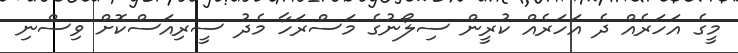
މީގެ އަހަރެއް ދެ އަހަރެއް ކުރީން ސިލޯނުގެ މަސްރަހާ މެދު ސީރިއަސްކޮށް ވިސްނި